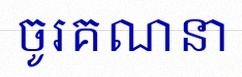
ចូរគណនា